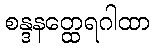
စန္ဒနတ္ထေရဂါထာ